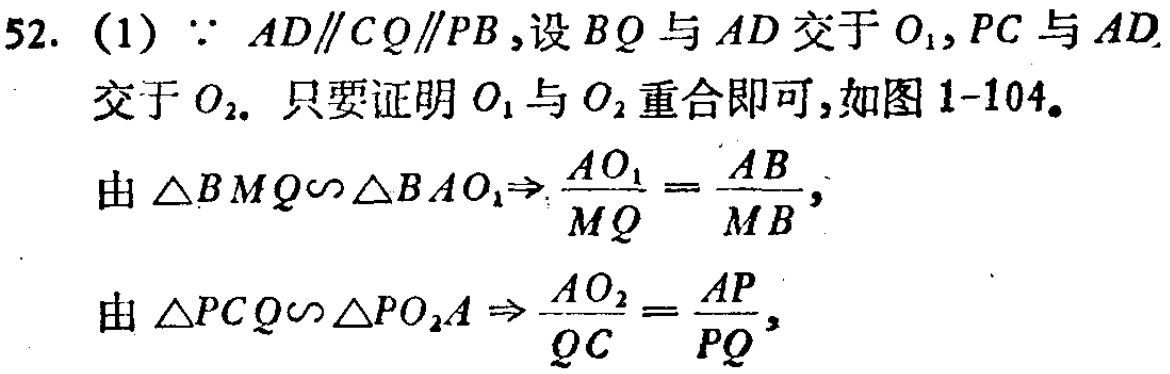
52. (1) $\because AD\parallel CQ\parallel PB$,设$BQ$与$AD$交于$O_1$,$PC$与$AD$交于$O_2$. 只要证明$O_1$与$O_2$重合即可,如图1-104。

由$\triangle BMQ\sim\triangle BAO_1\Rightarrow\frac{AO_1}{MQ}=\frac{AB}{MB}$,

由$\triangle PCQ\sim\triangle PO_2A\Rightarrow\frac{AO_2}{QC}=\frac{AP}{PQ}$,